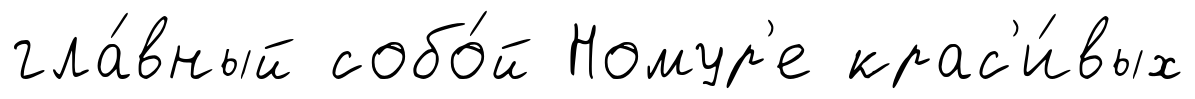
гла́вный собо́й Номур'е крас'и́вых